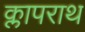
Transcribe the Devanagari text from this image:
क्लापराथ